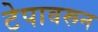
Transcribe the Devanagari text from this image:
टेपावरून